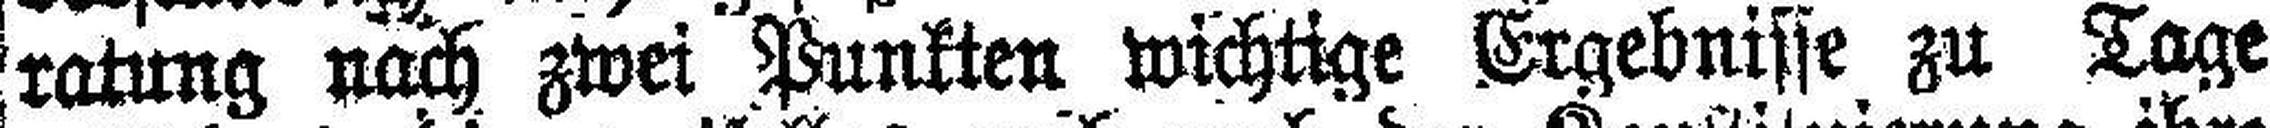
ratung nach zwei Punkten wichtige Ergebnisse zu Tage